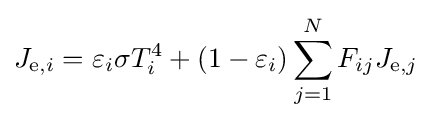
J_{\mathrm {e} ,i}=\varepsilon _{i}\sigma T_{i}^{4}+(1-\varepsilon _{i})\sum _{j=1}^{N}F_{ij}J_{\mathrm {e} ,j}